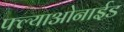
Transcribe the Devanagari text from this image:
फ्ल्याओनाईड